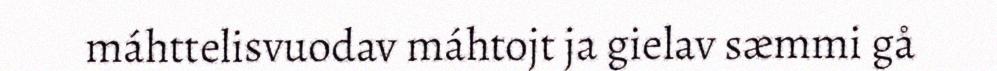
máhttelisvuodav máhtojt ja gielav sæmmi gå